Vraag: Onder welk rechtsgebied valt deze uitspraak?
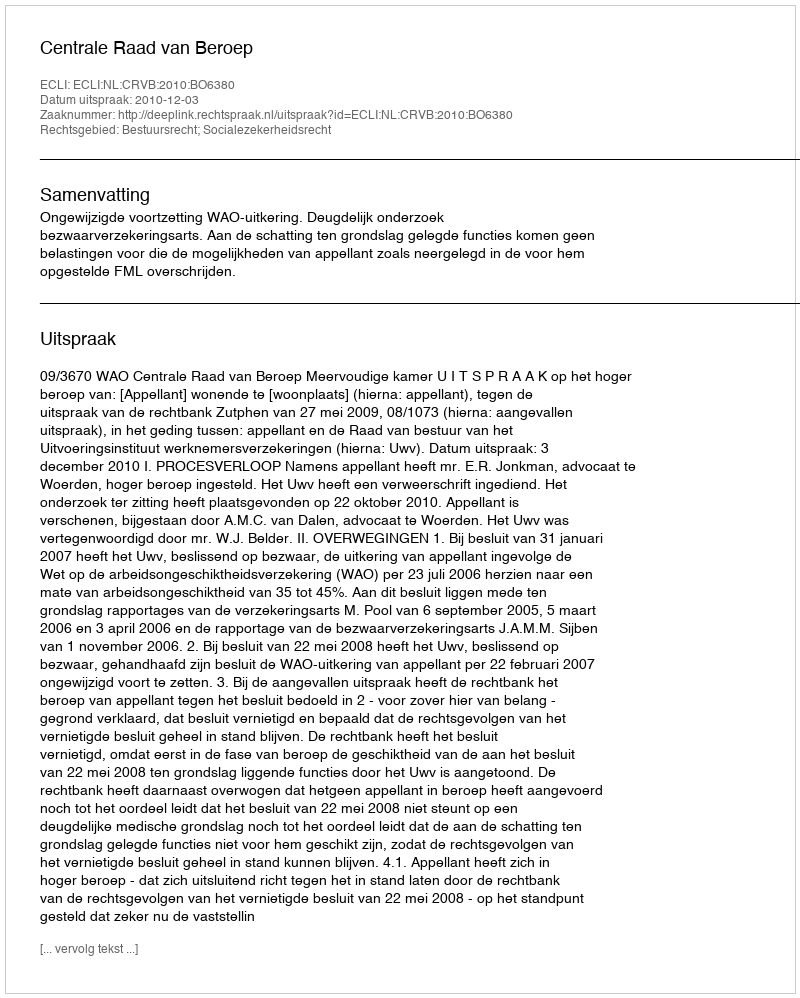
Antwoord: Bestuursrecht; Socialezekerheidsrecht